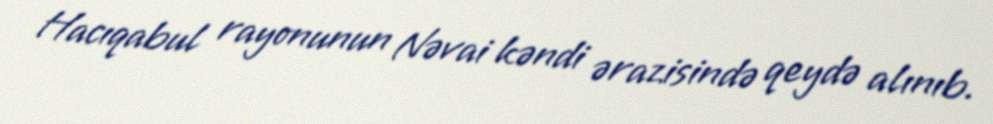
Hacıqabul rayonunun Nəvai kəndi ərazisində qeydə alınıb.